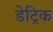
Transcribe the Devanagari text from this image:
डेट्रिक